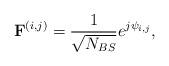
LaTeX: \begin{align*} \mathbf{F}^{(i,j)} = \frac{1}{\sqrt{N_{BS}}}e^{j\psi_{i,j}},\end{align*}